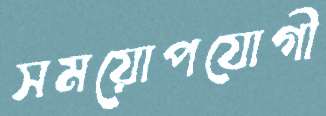
সময়োপযোগী